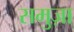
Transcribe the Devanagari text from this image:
समुज़ा